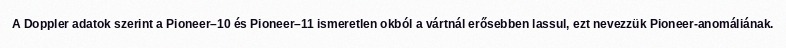
A Doppler adatok szerint a Pioneer–10 és Pioneer–11 ismeretlen okból a vártnál erősebben lassul, ezt nevezzük Pioneer-anomáliának.